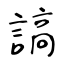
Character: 謞